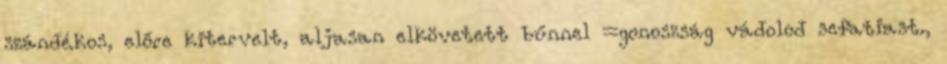
szándékos, előre kitervelt, aljasan elkövetett bűnnel =gonoszság vádolod sefatiast.,